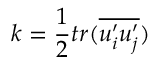
k = \frac 1 2 t r ( \overline { { u _ { i } ^ { \prime } u _ { j } ^ { \prime } } } )